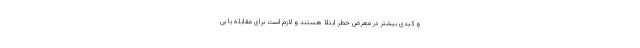
و کبدی بیشتر در معرض خطر ابتلا هستند و لازم است برای مقابله با بی